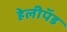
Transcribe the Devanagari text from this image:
हेलीपॅड